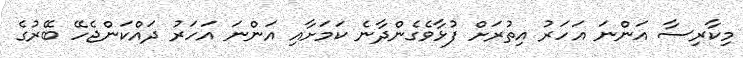
މިކާރިސާ އަންނަ އަހަރު އިތުރަށް ފުޅާވެގެންދާނެ ކަމަށާއި އަންނަ އަހަރު ދައްކަންޖެހޭ ބޭރުގެ